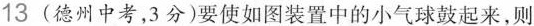
13 (德州中考，3分)要使如图装置中的小气球鼓起来，则